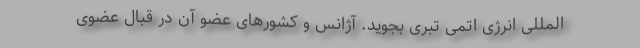
المللی انرژی اتمی تبری بجوید. آژانس و کشورهای عضو آن در قبال عضوی